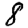
Digit: 8